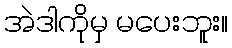
အဲဒါကိုမှ မပေးဘူး။